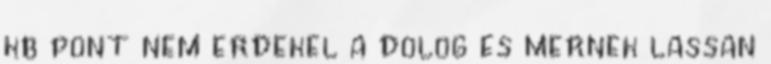
kb pont nem erdekel a dolog es mernek lassan